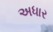
અધાર